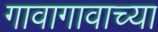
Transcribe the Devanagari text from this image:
गावागावाच्या